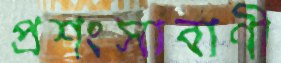
প্রশংসাবাণী